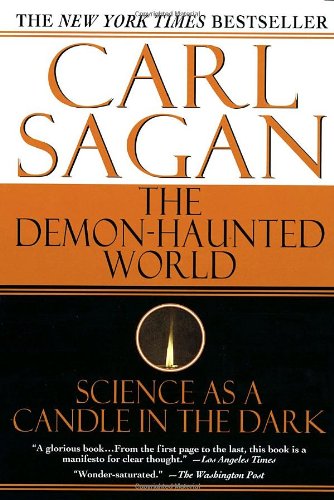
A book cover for The Demon-Haunted World: Science as a Candle in the Dark; Carl Sagan; Science & Math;